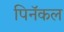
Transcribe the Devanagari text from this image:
पिनॅकल